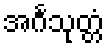
အင်္ဂသုတ္တံ